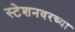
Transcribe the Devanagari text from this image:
स्टेशनवरच्या